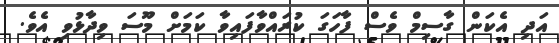
އަދި އެކަން ގާސިމް ވެސް ފާހަގަ ކުރައްވާފައިވާ ކަމަށް މޫސަ ވިދާޅުވި އެވެ.